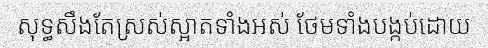
សុទ្ធសឹងតែស្រស់ស្អាតទាំងអស់ ថែមទាំងបង្កប់ដោយ